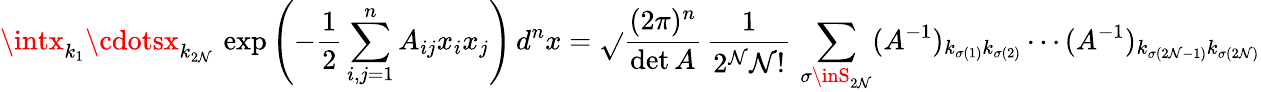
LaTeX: \intx_{k_{1}}\cdotsx_{k_{2\mathcal{N}}}\, \exp{\left(-{\frac{{1}}{{2}}}\sum_{i,j=1}^{n}A_{ij}x_{i}x_{j}\right)}\, d^{n}x={\sqrt{}{{\frac{{(2\pi)^{n}}}{{\operatorname*{det}A}}}}}\, {\frac{{1}}{{2^{\mathcal{N}}\mathcal{N}!}}}\, \sum_{\sigma\inS_{2\mathcal{N}}}(A^{-1})_{k_{\sigma(1)}k_{\sigma(2)}}\cdots(A^{-1})_{k_{\sigma(2\mathcal{N}-1)}k_{\sigma(2\mathcal{N})}}